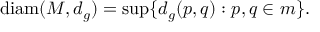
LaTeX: \operatorname { d i a m } ( M , d _ { g } ) = \operatorname* { s u p } \{ d _ { g } ( p , q ) : p , q \in m \} .